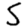
Digit: 5